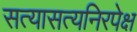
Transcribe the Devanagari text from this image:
सत्यासत्यनिरपेक्ष